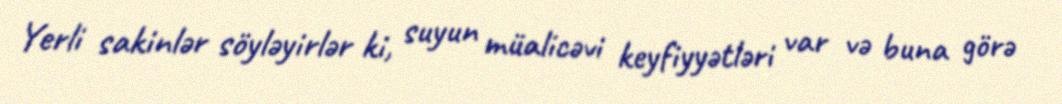
Yerli sakinlər söyləyirlər ki, suyun müalicəvi keyfiyyətləri var və buna görə